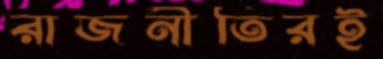
রাজনীতিরই